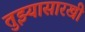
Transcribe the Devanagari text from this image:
तुझ्यासारखी